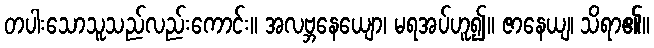
တပါးသောသူသည်လည်းကောင်း။ အလဗ္ဘနေယျော၊ မရအပ်ဟူ၍။ ဇာနေယျ၊ သိရာ၏။